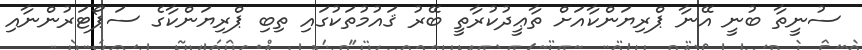
ސުނީތާ ބުނީ އޭނާ ޕްރިޔަންކާއަށް ތާޢީދުކުރާތީ ބޭރު ޤައުމުތަކުގައި ތިބި ޕްރިޔަންކާގެ ސަޕޯޓަރުންނާއި